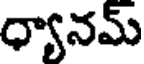
ధ్యానమ్